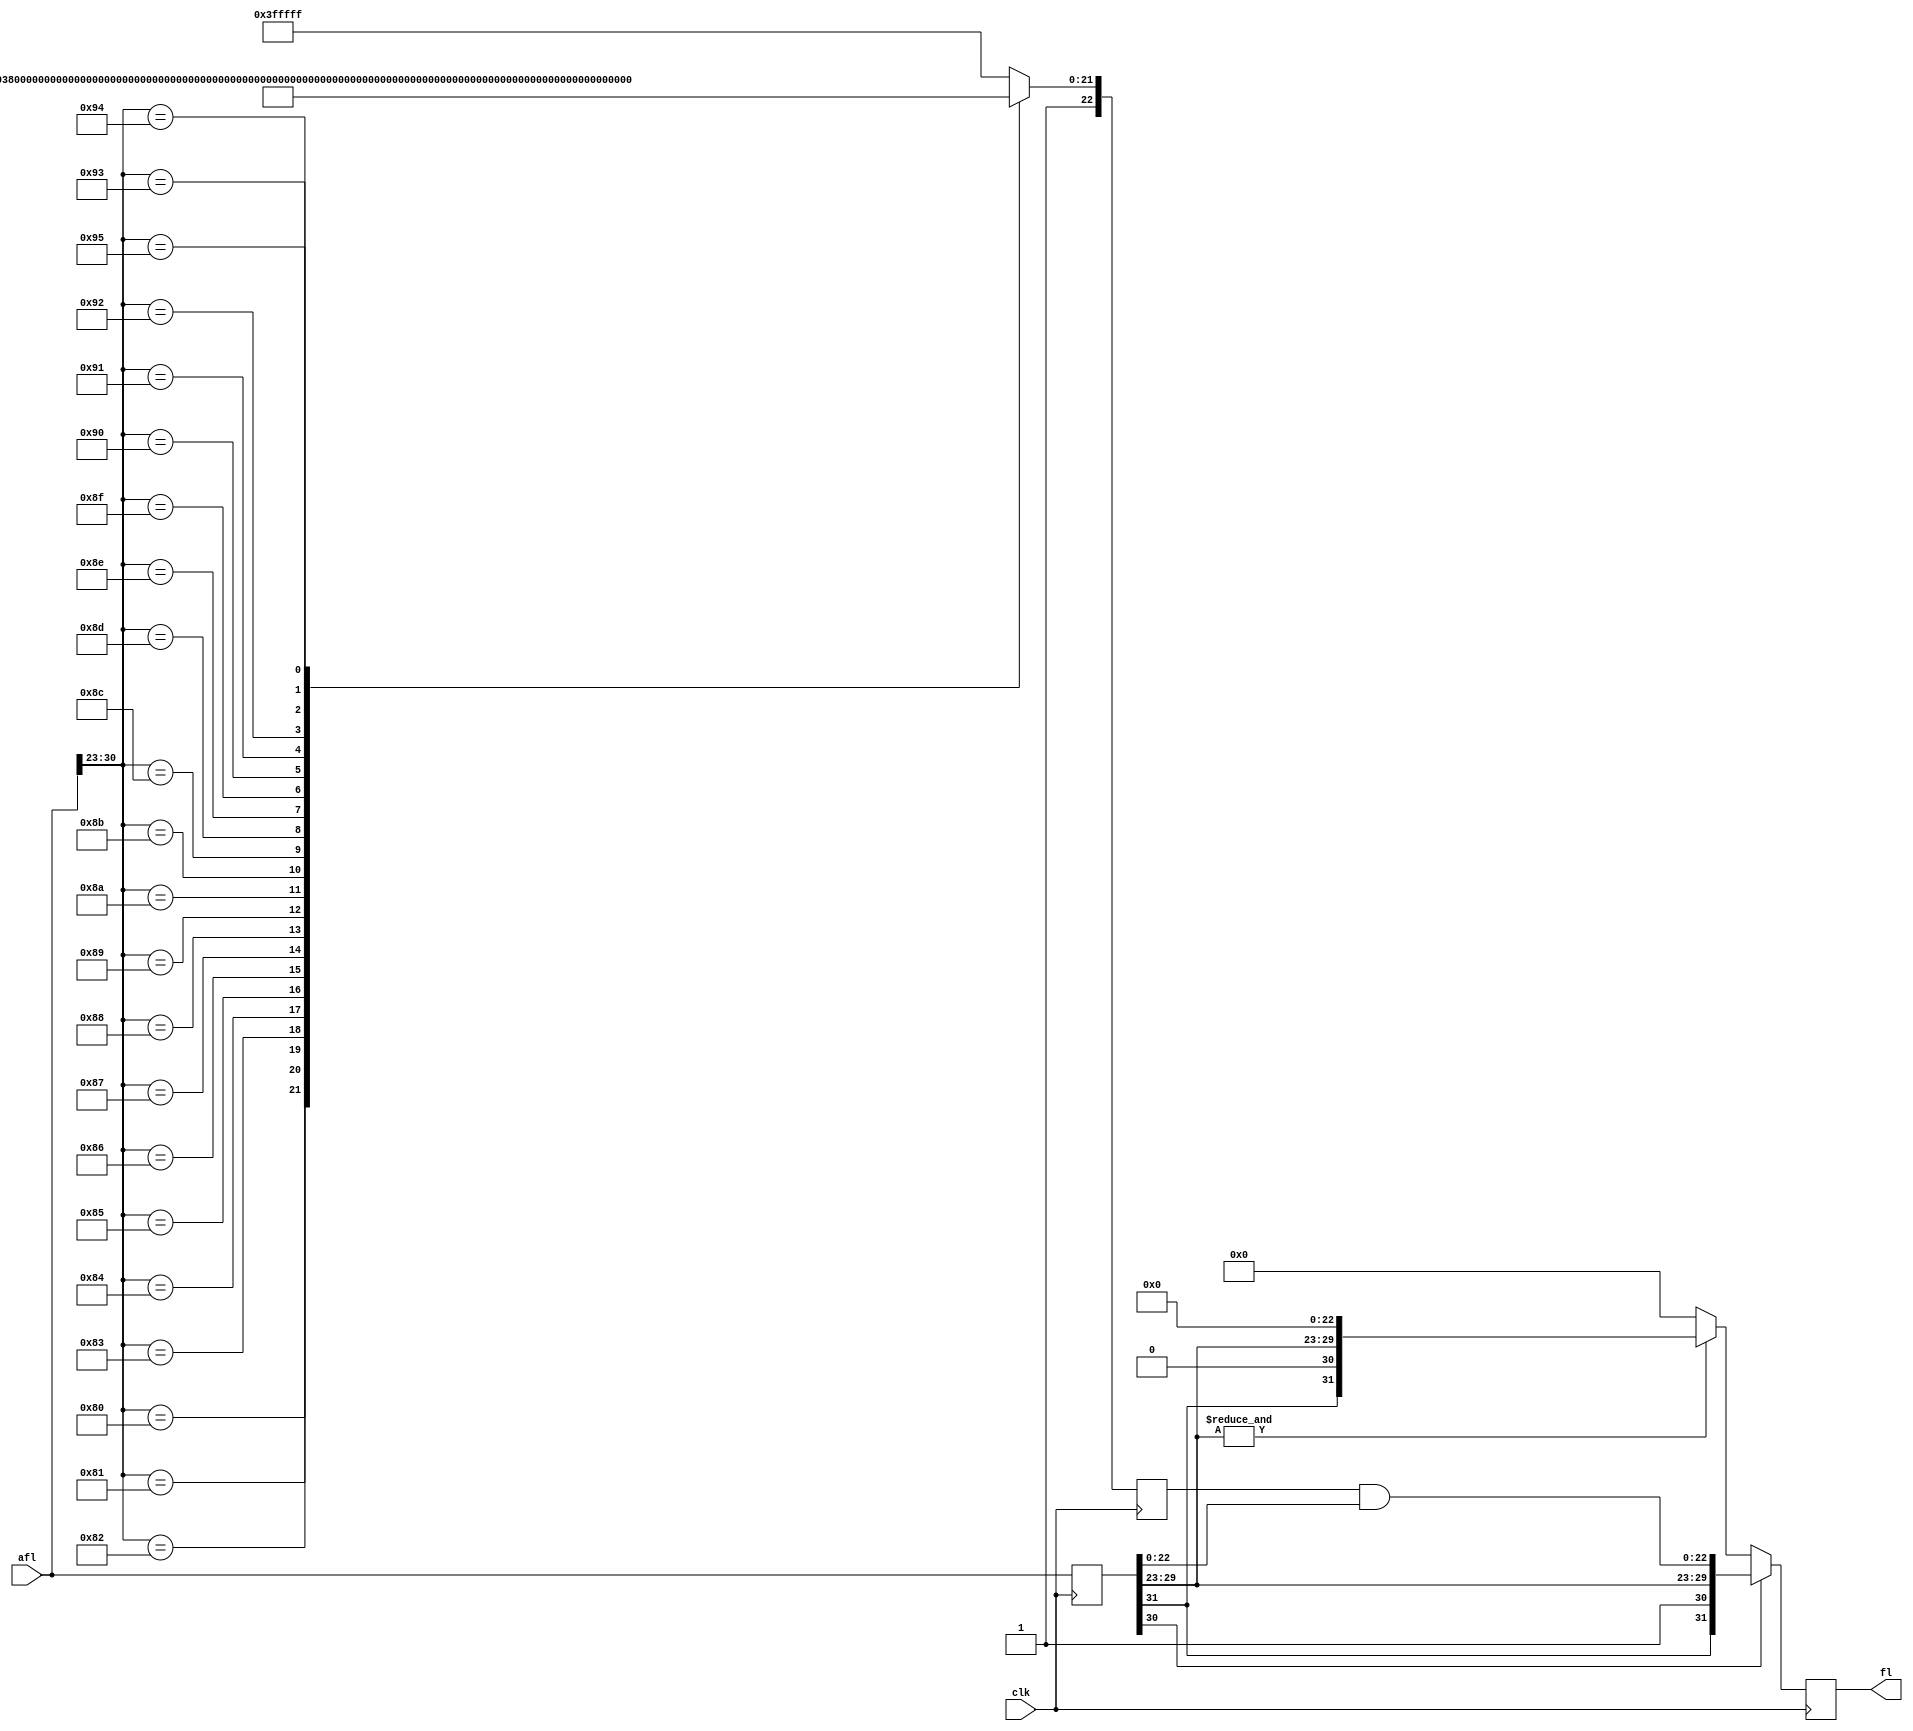
module flt_int
	(
	input	      	clk,
	input	[31:0]	afl,
	output reg	[31:0]	fl
	);

reg	[22:0]	mask_1;
reg	[31:0]	afl_1;



always @(posedge clk)
	begin
		afl_1 <= afl;
		casex(afl[30:23]) /* synopsys parallel_case */
		8'b1000_0000:mask_1 <= 23'b10000000000000000000000;
		8'b1000_0001:mask_1 <= 23'b11000000000000000000000;
		8'b1000_0010:mask_1 <= 23'b11100000000000000000000;
		8'b1000_0011:mask_1 <= 23'b11110000000000000000000;
		8'b1000_0100:mask_1 <= 23'b11111000000000000000000;
		8'b1000_0101:mask_1 <= 23'b11111100000000000000000;
		8'b1000_0110:mask_1 <= 23'b11111110000000000000000;
		8'b1000_0111:mask_1 <= 23'b11111111000000000000000;
		8'b1000_1000:mask_1 <= 23'b11111111100000000000000;
		8'b1000_1001:mask_1 <= 23'b11111111110000000000000;
		8'b1000_1010:mask_1 <= 23'b11111111111000000000000;
		8'b1000_1011:mask_1 <= 23'b11111111111100000000000;
		8'b1000_1100:mask_1 <= 23'b11111111111110000000000;
		8'b1000_1101:mask_1 <= 23'b11111111111111000000000;
		8'b1000_1110:mask_1 <= 23'b11111111111111100000000;
		8'b1000_1111:mask_1 <= 23'b11111111111111110000000;
		8'b1001_0000:mask_1 <= 23'b11111111111111111000000;
		8'b1001_0001:mask_1 <= 23'b11111111111111111100000;
		8'b1001_0010:mask_1 <= 23'b11111111111111111110000;
		8'b1001_0011:mask_1 <= 23'b11111111111111111111000;
		8'b1001_0100:mask_1 <= 23'b11111111111111111111100;
		8'b1001_0101:mask_1 <= 23'b11111111111111111111110;
		8'b1001_011x:mask_1 <= 23'b11111111111111111111111;
		8'b101x_xxxx:mask_1 <= 23'b11111111111111111111111;
		8'b11xx_xxxx:mask_1 <= 23'b11111111111111111111111;
		default: mask_1 <= 23'b11111111111111111111111;
		endcase
	end

always @(posedge clk)
	begin
		if(afl_1[30]) fl <= {afl_1[31:23],(mask_1 & afl_1[22:0])};
		else if(&afl_1[29:23]) fl <= {afl_1[31:23],23'h0};
		else fl <= 0;
	end

endmodule